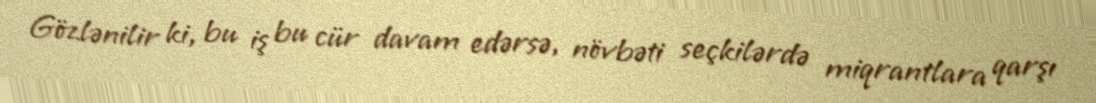
Gözlənilir ki, bu iş bu cür davam edərsə, növbəti seçkilərdə miqrantlara qarşı